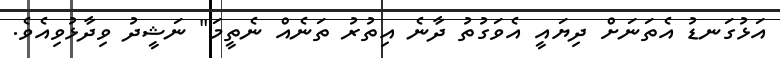
އަޅުގަނޑު އެތަނަށް ދިޔައީ އެވަގުތު ދާނެ އިތުރު ތަނެއް ނެތީމަ" ނަޝީދު ވިދާޅުވިއެވެ.